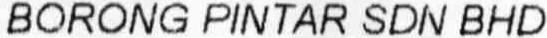
BORONG PINTAR SDN BHD